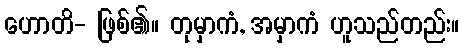
ဟောတိ- ဖြစ်၏။ တုမှာကံ, အမှာကံ ဟူသည်တည်း။